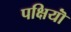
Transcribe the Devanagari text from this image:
पक्षियॊं